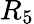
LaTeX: R_{5}